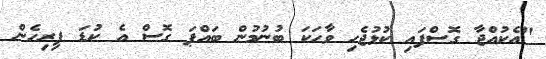
"އެކުއްޖާ ގޮސްފައި ކުޅުޖެހި ވާހަކަ ބުނުމުން ބައްޕަ ގޮސް އެ ކުޑަ ފިރިހެން